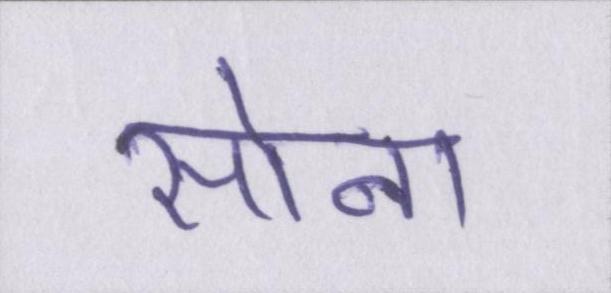
सोना